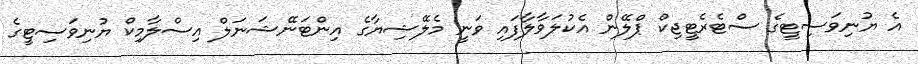
އެ ޔުނިވަސިޓީގެ ސްޓެރެޓީޖިކް ޕްލޭން އެކުލަވާލާފައި ވަނީ މެލޭޝިޔާގެ އިންޓަނޭޝަނަލް އިސްލާމިކް ޔުނިވަސިޓީގެ